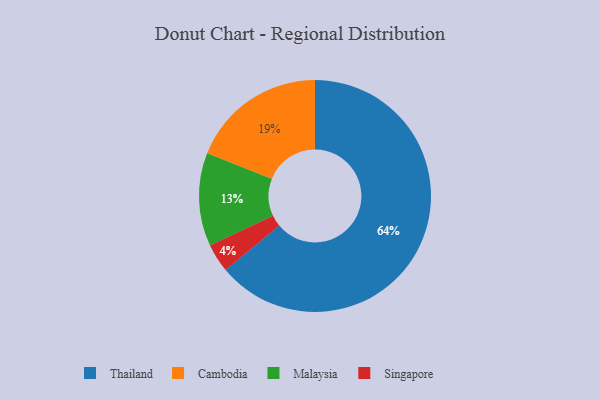
{"axis": {"x": "Category", "y": "Percentage"}, "legend": ["Cambodia", "Malaysia", "Singapore", "Thailand"], "data": [{"x": "Cambodia", "y": 19, "type": "Cambodia"}, {"x": "Singapore", "y": 4, "type": "Singapore"}, {"x": "Thailand", "y": 64, "type": "Thailand"}, {"x": "Malaysia", "y": 13, "type": "Malaysia"}]}